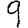
Digit: 9